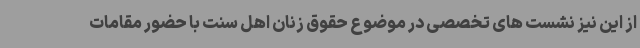
از این نیز نشست های تخصصی در موضوع حقوق زنان اهل سنت با حضور مقامات